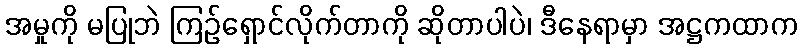
အမှုကို မပြုဘဲ ကြဉ်ရှောင်လိုက်တာကို ဆိုတာပါပဲ၊ ဒီနေရာမှာ အဋ္ဌကထာက